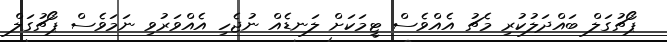
ޕޯޗުގަލް ބައްދަލުކުރި މެޗު އެއްވެސް ޓީމަކަށް ލަނޑެއް ނުޖެހި އެއްވަރުވި ނަމަވެސް ޕޯޗުގަލް